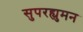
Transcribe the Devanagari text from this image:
सुपरह्युमन